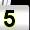
Digit: 5